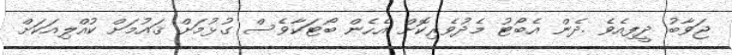
ޖަވާބު ދީފިއެވެ .ދެން އެބޯޓު މެދުވެރިކޮށް އެހެން ބޯޓަކާވެސް ގުޅުމަށް ޤައުމަށް ކުއްލިއަކަށް